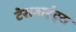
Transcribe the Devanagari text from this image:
टेराबाईट्स